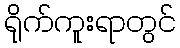
ရိုက်ကူးရာတွင်